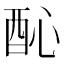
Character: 𨠉